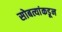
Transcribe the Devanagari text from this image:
सोबत्यांकडून